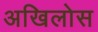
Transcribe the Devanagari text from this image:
अखिलोस